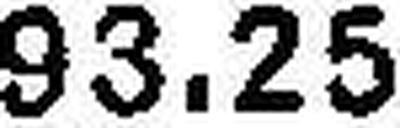
93.25